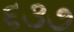
૬૩૭